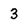
Character: 3